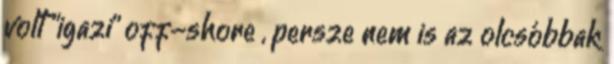
volt "igazi" off-shore , persze nem is az olcsóbbak